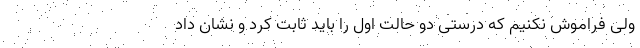
ولی فراموش نکنیم که درستی دو حالت اول را باید ثابت کرد و نشان داد